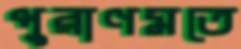
পুরাণমতে